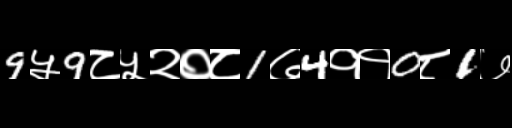
Text: 9५9८५२०८1७4११0८1७